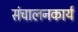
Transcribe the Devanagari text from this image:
संचालनकार्य